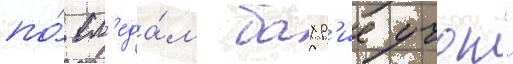
по́ сл'еда́м бахр'ие учок"